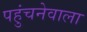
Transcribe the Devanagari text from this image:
पहुंचनेवाला